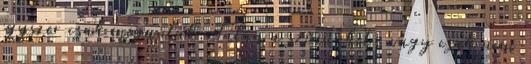
egyszer csak meguntak. Talán a színünket, vagy csak nem